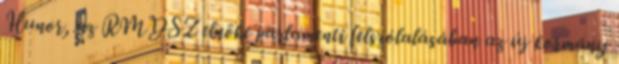
Hunor, az RMDSZ elnöke parlamenti felszólalásában az új kormány